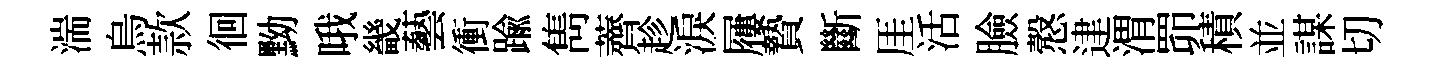
湍烏款徊黝哦畿藝衝踰雋薺趁淚屨贄斷厓活臉慤䢖渭𦊑積並謀切